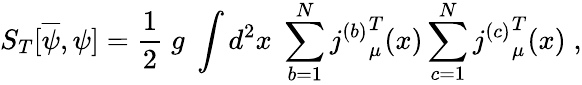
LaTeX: S_{T}[\overline{{{\psi}}},\psi]=\frac{1}{2}\; g\; \int d^{2}x\; \sum_{b=1}^{N}{j^{(b)}}_{\mu}^{T}(x)\sum_{c=1}^{N}{j^{(c)}}_{\mu}^{T}(x)\; ,